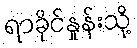
ရာခိုင်နှုန်းသို့